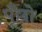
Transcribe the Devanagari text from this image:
पूँछो